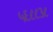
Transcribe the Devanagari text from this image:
५६८८३८